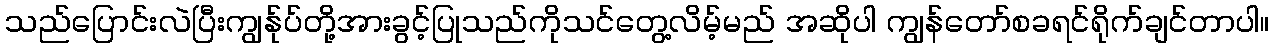
သည်ပြောင်းလဲပြီးကျွန်ုပ်တို့အားခွင့်ပြုသည်ကိုသင်တွေ့လိမ့်မည် အဆိုပါ ကျွန်တော်စခရင်ရိုက်ချင်တာပါ။